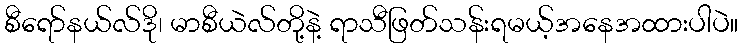
စီရော်နယ်လ်ဒို၊ မာစီယဲလ်တို့နဲ့ ရာသီဖြတ်သန်းရမယ့်အနေအထားပါပဲ။